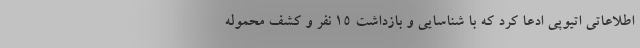
اطلاعاتی اتیوپی ادعا کرد که با شناسایی و بازداشت 15 نفر و کشف محموله